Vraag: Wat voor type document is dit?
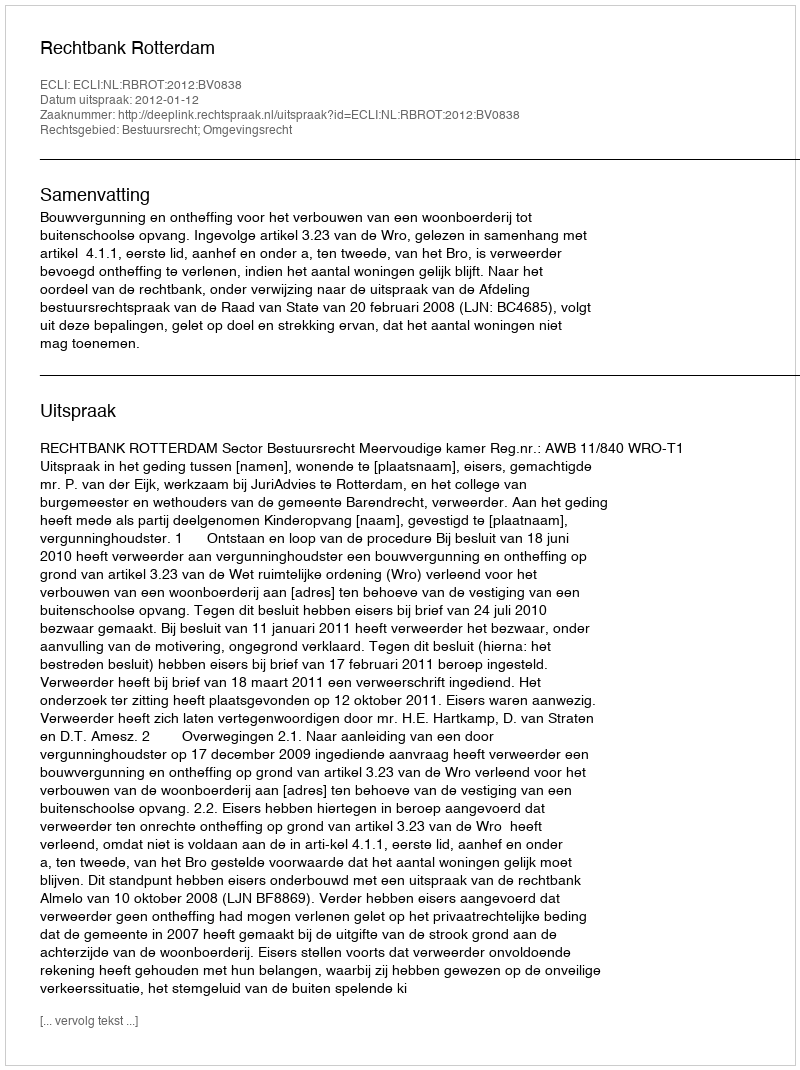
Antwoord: Uitspraak